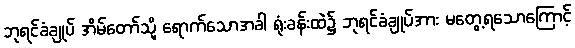
ဘုရင်ခံချုပ် အိမ်တော်သို့ ရောက်သောအခါ ရုံးခန်းထဲ၌ ဘုရင်ခံချုပ်အား မတွေ့ရသောကြောင့်